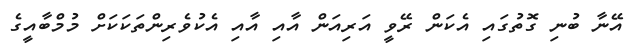
އޭނާ ބުނި ގޮތުގައި އެކަން ރޭވީ އަރިއަން އާއި އާއި އެކުވެރިންތަކަކަށް މުމްބާއީގެ